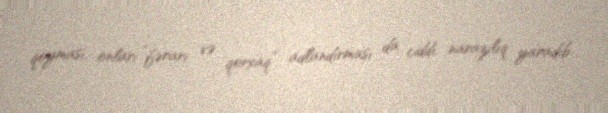
qoyması, onları “fərari və qorxaq” adlandırması da ciddi narazılıq yaradıb.